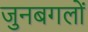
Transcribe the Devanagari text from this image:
जुनबगलों